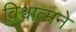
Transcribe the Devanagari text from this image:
विश्वात्मने